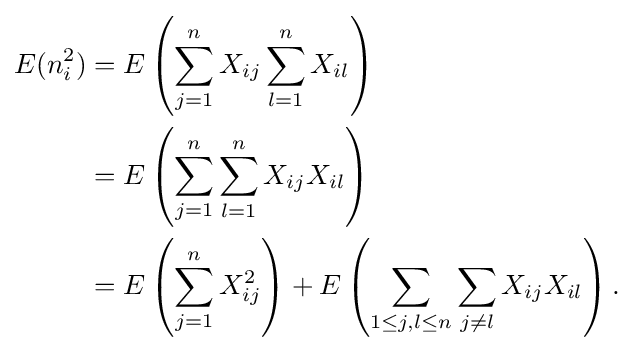
{\begin{aligned}E(n_{i}^{2})&=E\left(\sum _{j=1}^{n}X_{ij}\sum _{l=1}^{n}X_{il}\right)\\&=E\left(\sum _{j=1}^{n}\sum _{l=1}^{n}X_{ij}X_{il}\right)\\&=E\left(\sum _{j=1}^{n}X_{ij}^{2}\right)+E\left(\sum _{1\leq j,l\leq n}\sum _{j\neq l}X_{ij}X_{il}\right).\end{aligned}}